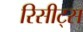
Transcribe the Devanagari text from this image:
रिसीट्स